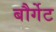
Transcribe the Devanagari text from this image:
बौर्गेट